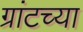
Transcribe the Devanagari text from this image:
ग्रांटच्या